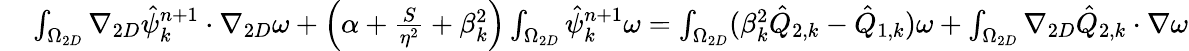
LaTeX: \begin{array}{rl}{\small}&{{}\int_{\Omega_{2D}}\nabla_{2D}\hat{\psi}_{k}^{n+1}\cdot\nabla_{2D}\omega+\left(\alpha+\frac{S}{\eta^{2}}+\beta_{k}^{2}\right)\int_{\Omega_{2D}}\hat{\psi}_{k}^{n+1}\omega=\int_{\Omega_{2D}}(\beta_{k}^{2}\hat{Q}_{2,k}-\hat{Q}_{1,k})\omega+\int_{\Omega_{2D}}\nabla_{2D}\hat{Q}_{2,k}\cdot\nabla\omega}\end{array}